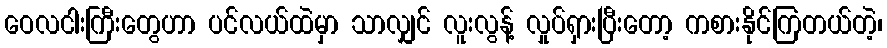
ဝေလငါးကြီးတွေဟာ ပင်လယ်ထဲမှာ သာလျှင် လူးလွန့် လှုပ်ရှားပြီးတော့ ကစားနိုင်ကြတယ်တဲ့၊